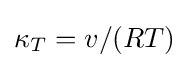
\kappa _{T}=v/(RT)